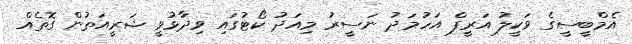
އެމްބީސީގެ ވަކީލު އަރީފް އަހުމަދު ނަސީރު މިއަދު ކޯޓުގައި ވިދާޅުވީ ޝަރީއަތުން ގޮތެއް